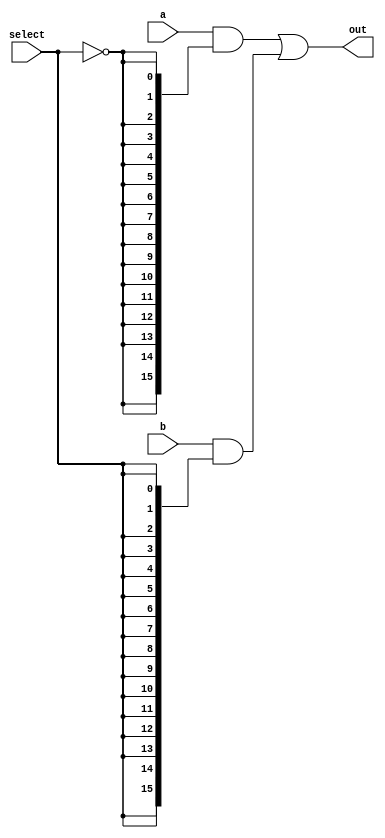
module mux_2_1(select, out, a, b);
input select;
input [15:0] a, b;
output [15:0] out;



wire [15:0] and1, and2;

// bitwise AND operations to build the 2 to 1 mux
assign and1 = a & {16{~select}};
assign and2 = b & {16{select}};

// bitwise OR to drive the output
assign out = and1 | and2;
endmodule